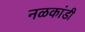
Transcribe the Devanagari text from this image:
नळकांडी